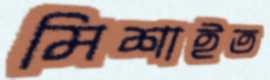
মিশাইত